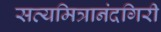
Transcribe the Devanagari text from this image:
सत्यमित्रानंदगिरी